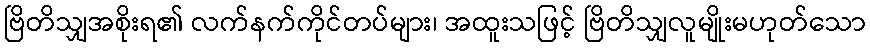
ဗြိတိသျှအစိုးရ၏ လက်နက်ကိုင်တပ်များ၊ အထူးသဖြင့် ဗြိတိသျှလူမျိုးမဟုတ်သော